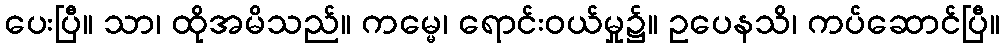
ပေးပြီ။ သာ၊ ထိုအမိသည်။ ကမ္မေ၊ ရောင်းဝယ်မှု၌။ ဥပေနသိ၊ ကပ်ဆောင်ပြီ။